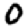
Digit: 0